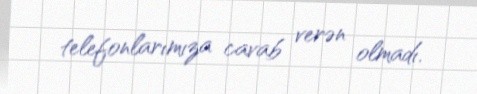
telefonlarımıza cavab verən olmadı.